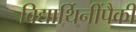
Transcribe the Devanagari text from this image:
विद्यार्थिनींपैकी